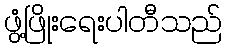
ဖွံ့ဖြိုးရေးပါတီသည်